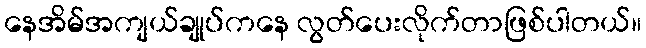
နေအိမ်အကျယ်ချုပ်ကနေ လွတ်ပေးလိုက်တာဖြစ်ပါတယ်။